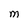
Character: M